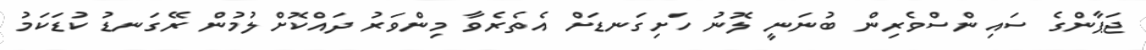
ޖަޕާންގެ ސައިންސްވެރިން ބުނަނީ ލޮނު ހަށިގަނޑަށް އެތެރެވާ މިންވަރު ދައްކޮށްލުމުން ރޭގަނޑު ކުޑަކަމު